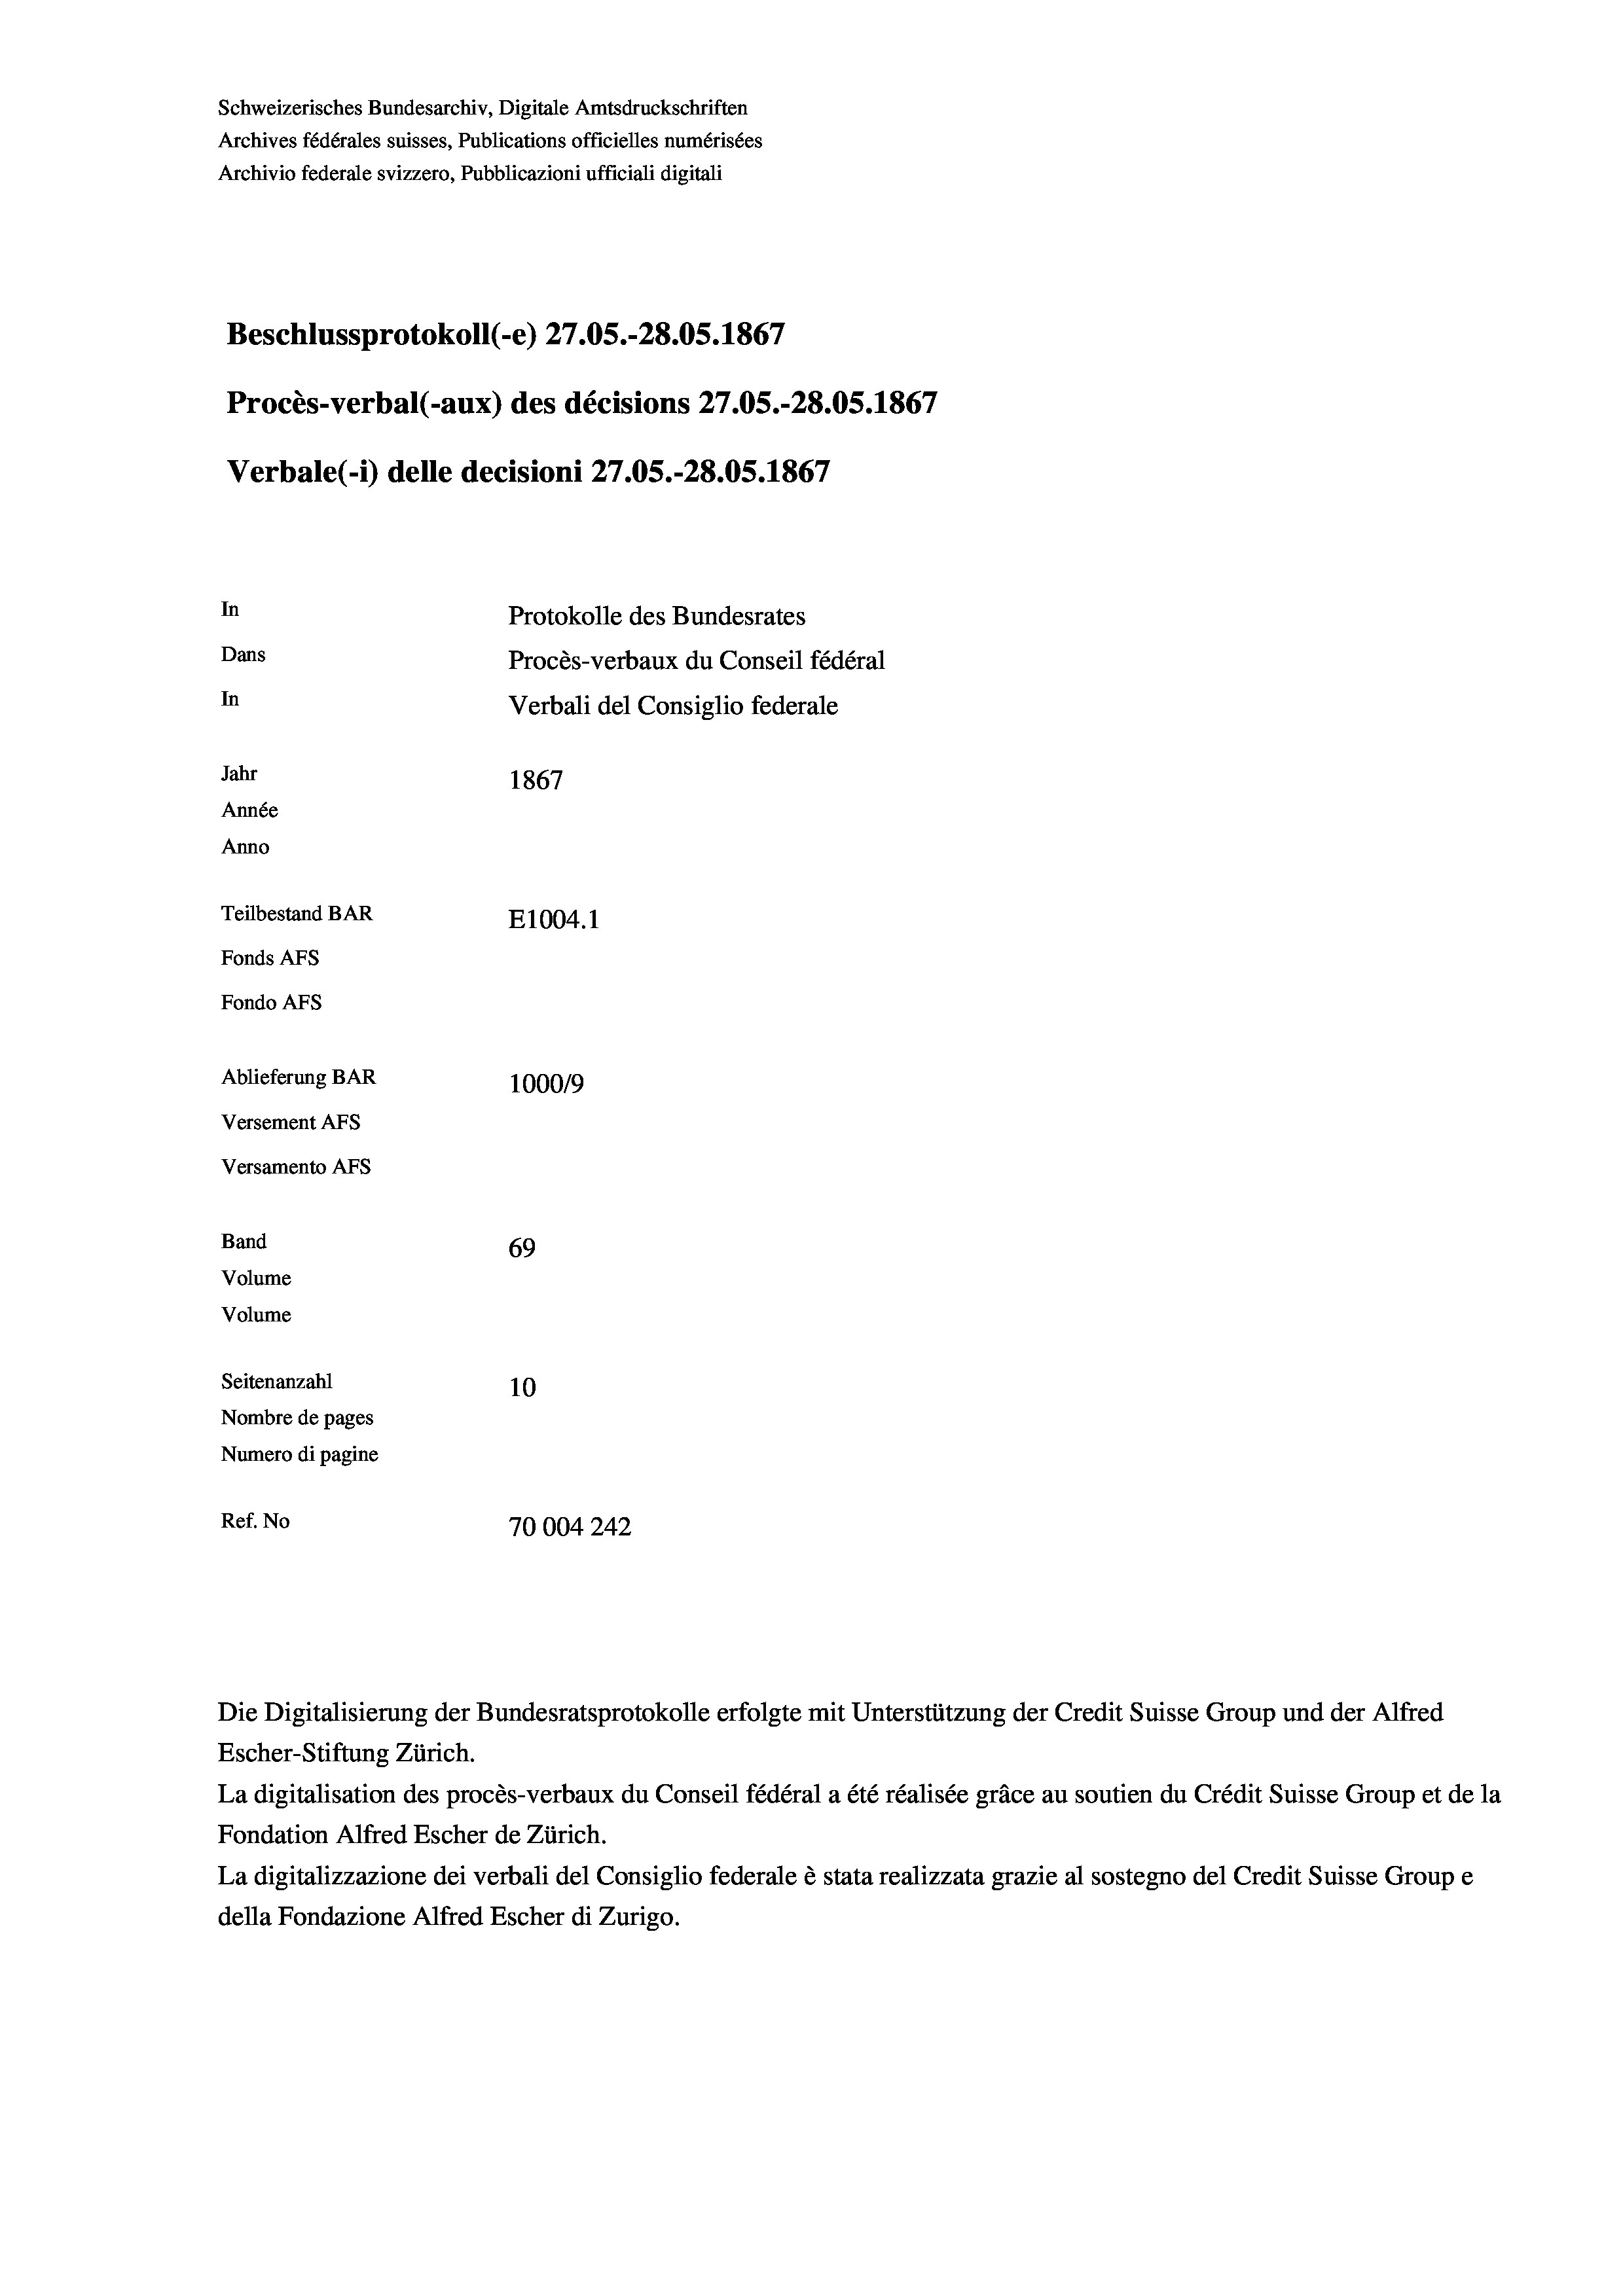
Schweizerisches Bundesarchiv, Digitale Amtsdruckschriften
Archives fédérales suisses, Publications officielles numérisées
Archivio federale svizzero, Pubblicazioni ufficiali digitali
Beschlussprotokoll (-e) 27.05.-28.05. 1867
Procès-verbal (-aux) des décisions 27.05.-28.05. 1867
Verbale (i) delle decisioni 27.05.-28.05. 1867
In
Protokolle des Bundesrates
Dans
Procès-verbaux du Conseil fédéral
In
Verbali del Consiglio federale
Jahr
1867
Année
Anno
Teilbestand BAR
E1004.1
Fonds Afs
Fondo Afs
Ablieferung BAR
100019
Versement AFs
Versamento AFs
Band
69
Volume
Volume

Seitenanzahl
10
Nombre de pages
Numero di pagine
Ref. No
10004242

Escher-Stiftung Zürich.
La digitalisation des procès-verbaux du Conseil fédéral a été réalisée gräce au soutien du Crédit Suisse Group et de la
Fondation Alfred Escher de Zürich.
La digitalizzazione dei verbali del Consiglio federale è stata realizzata grazie al sostegno del Credit Suisse Groupe
della Fondazione Alfred Escher di Zurigo.

Die Digitalisierung der Bundesratsprotokolle erfolgte mit Unterstützung der Credit Suisse Group und der Alfred